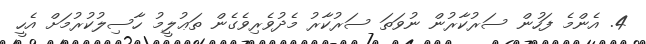
4. އެންމެ ފަހުން ސަރުކާރުން ނުވަތަ ސަރުކާރު މެދުވެރިވެގެން ތަޢުލީމު ހާސިލުކުރުމަށް އެހީ